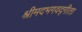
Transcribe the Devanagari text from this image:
श्रीमदभगवद्गीता